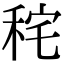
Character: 秺